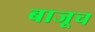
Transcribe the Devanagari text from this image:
बाजूच